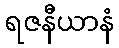
ရဇနီယာနံ